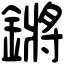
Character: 鏘